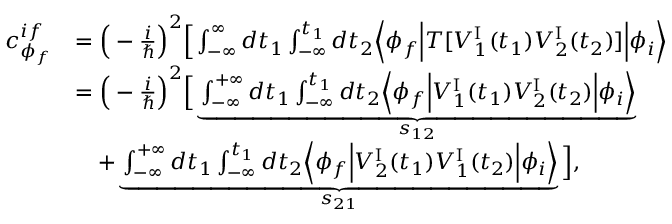
\begin{array} { r l } { c _ { \phi _ { f } } ^ { i f } } & { = \Big ( - \frac { i } { \hbar } \Big ) ^ { 2 } \Big [ \int _ { - \infty } ^ { \infty } d t _ { 1 } \int _ { - \infty } ^ { t _ { 1 } } d t _ { 2 } \Big \langle \phi _ { f } \Big \vert T [ { \cal V } _ { 1 } ^ { \mathrm { I } } ( t _ { 1 } ) { \cal V } _ { 2 } ^ { \mathrm { I } } ( t _ { 2 } ) ] \Big \vert \phi _ { i } \Big \rangle } \\ & { = \Big ( - \frac { i } { \hbar } \Big ) ^ { 2 } \Big [ \underbrace { \int _ { - \infty } ^ { + \infty } d t _ { 1 } \int _ { - \infty } ^ { t _ { 1 } } d t _ { 2 } \Big \langle \phi _ { f } \Big \vert { \cal V } _ { 1 } ^ { \mathrm { I } } ( t _ { 1 } ) { \cal V } _ { 2 } ^ { \mathrm { I } } ( t _ { 2 } ) \Big \vert \phi _ { i } \Big \rangle } _ { s _ { 1 2 } } } \\ & { \quad \mathrm + \underbrace { \int _ { - \infty } ^ { + \infty } d t _ { 1 } \int _ { - \infty } ^ { t _ { 1 } } d t _ { 2 } \Big \langle \phi _ { f } \Big \vert { \cal V } _ { 2 } ^ { \mathrm { I } } ( t _ { 1 } ) { \cal V } _ { 1 } ^ { \mathrm { I } } ( t _ { 2 } ) \Big \vert \phi _ { i } \Big \rangle } _ { s _ { 2 1 } } \Big ] , } \end{array}